65_HS1-834228961_62-HQ-83894_Section_9
Agency: FBI
Page 115
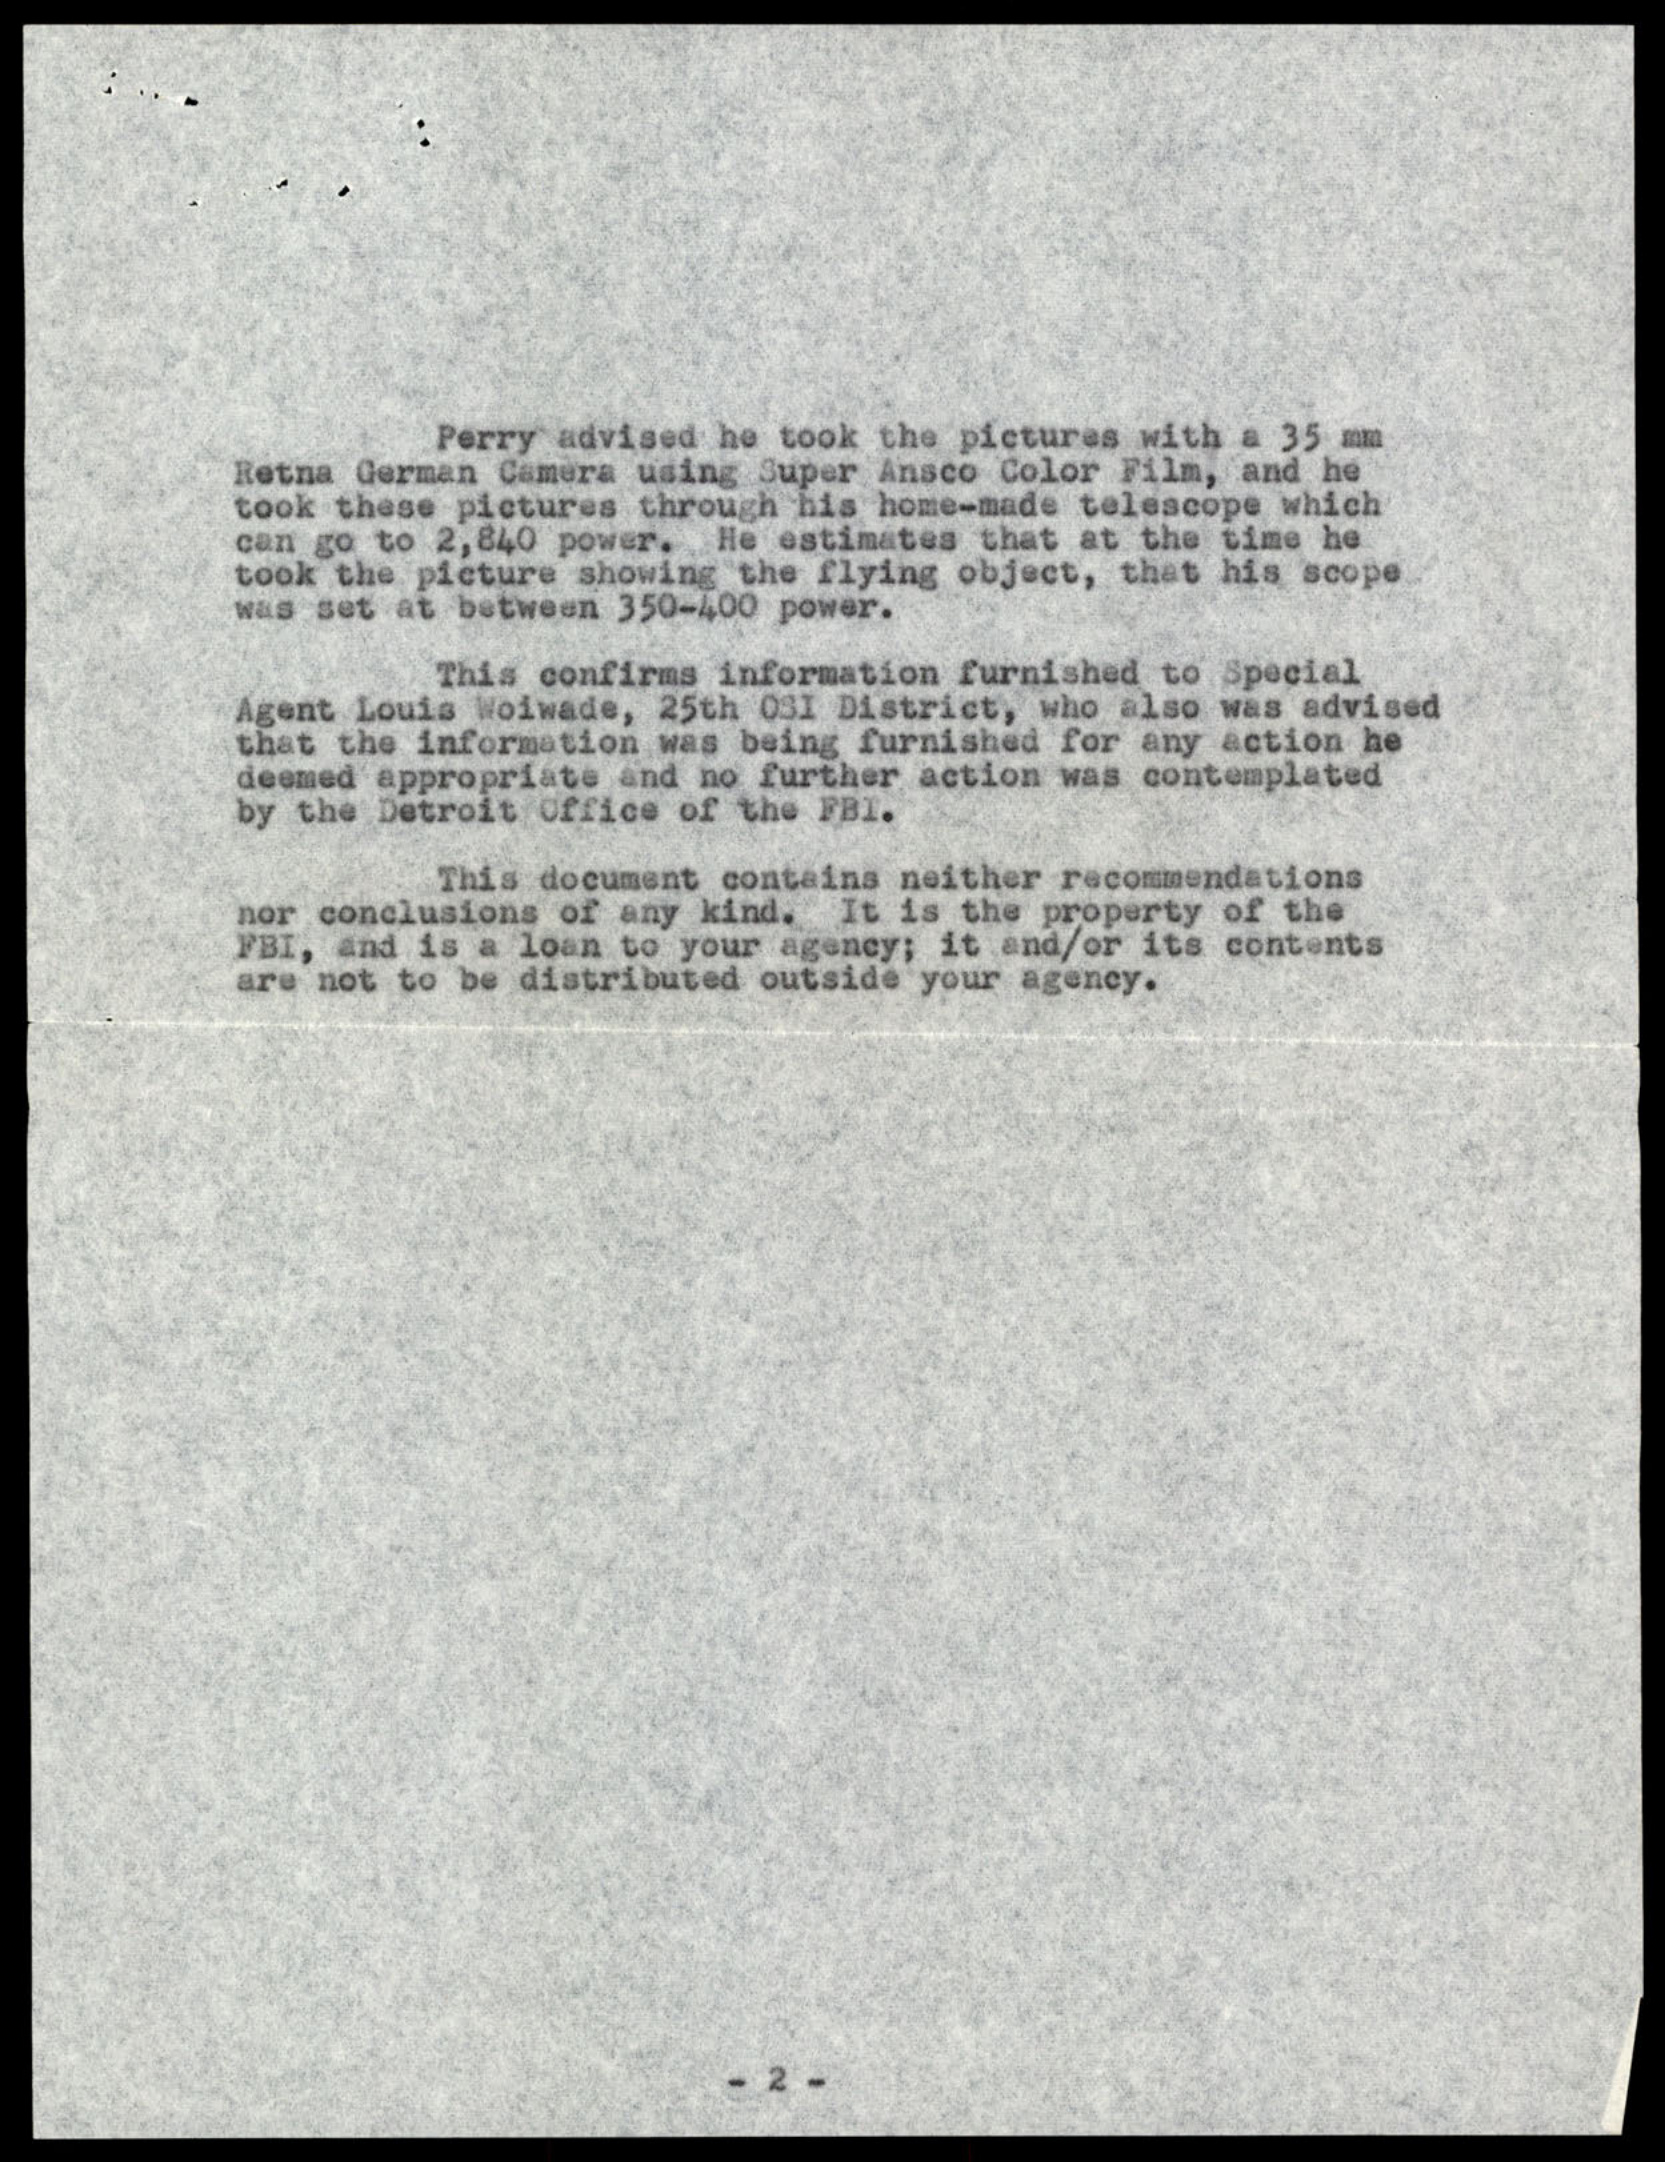